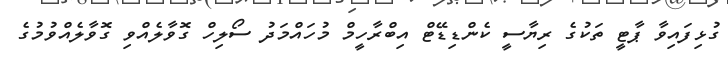
ގުޅިފައިވާ ޕާޓީ ތަކުގެ ރިޔާސީ ކެންޑިޑޭޓް އިބްރާހީމް މުހައްމަދު ސޯލިހް ގޮވާލެއްވި ގޮވާލެއްވުމުގެ